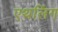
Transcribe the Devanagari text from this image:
एथलिंग